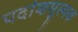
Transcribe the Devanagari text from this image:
पदांशमूल्यक